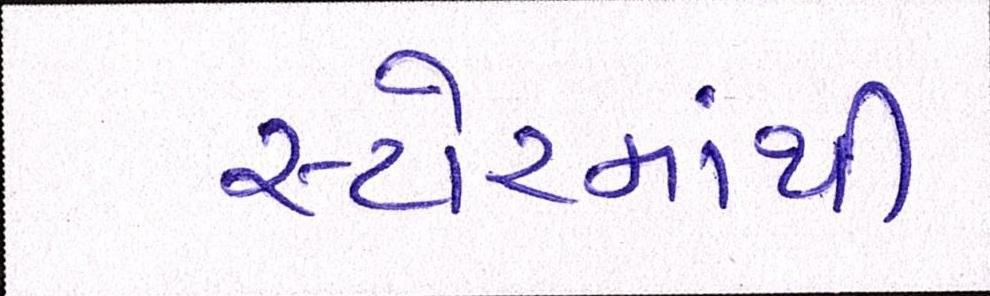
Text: સ્ટોરમાંથી